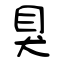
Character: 狊